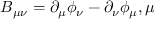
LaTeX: B _ { \mu \nu } = \partial _ { \mu } \phi _ { \nu } - \partial _ { \nu } \phi _ { \mu } , \mu